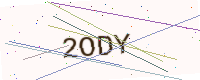
Text: 2ODY